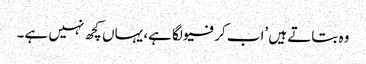
وہ بتاتے ہیں ’اب کرفیو لگا ہے، یہاں کچھ نہیں ہے۔